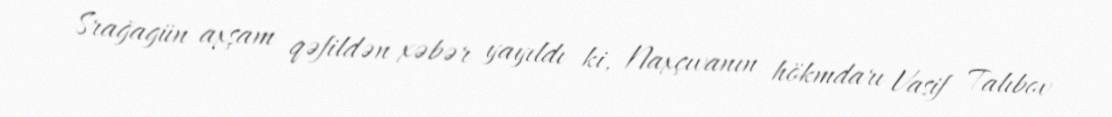
Srağagün axşam qəfildən xəbər yayıldı ki, Naxçıvanın hökmdarı Vasif Talıbov